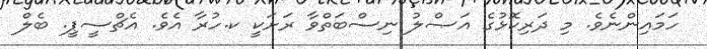
ހަމައިންނެވެ. މި ދަރިކޮޅުގެ އަޞްލު ނިސްބަތްވާ ރަށަކީ ކ.ހުރާ އެވެ. އެޗްސީޕީ. ބެލް